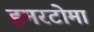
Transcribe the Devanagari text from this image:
हमरटोमा